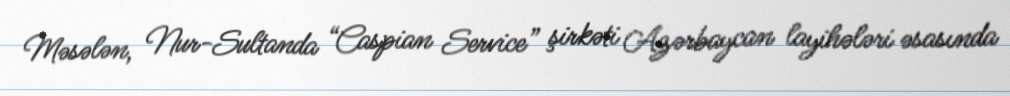
Məsələn, Nur-Sultanda “Caspian Service” şirkəti Azərbaycan layihələri əsasında